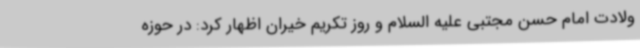
ولادت امام حسن مجتبی علیه السلام و روز تکریم خیران اظهار کرد: در حوزه